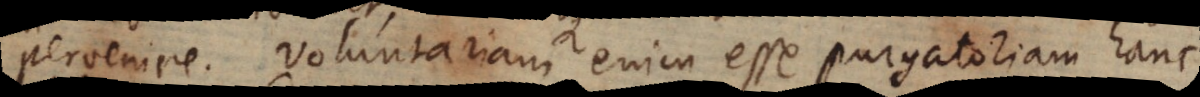
pervenire. Voluntariam enim esse purgatoriam hanc